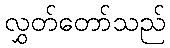
လွှတ်တော်သည်